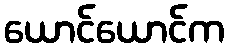
ယောင်ယောင်က